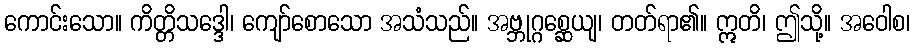
ကောင်းသော။ ကိတ္တိသဒ္ဒေါ၊ ကျော်စောသော အသံသည်။ အဗ္ဘုဂ္ဂစ္ဆေယျ၊ တတ်ရာ၏။ ဣတိ၊ ဤသို့။ အဝေါစ၊